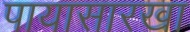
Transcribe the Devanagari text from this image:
पायासारखा